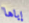
إياها